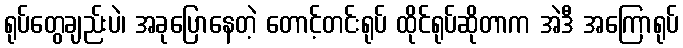
ရုပ်တွေချည်းပဲ၊ အခုပြောနေတဲ့ တောင့်တင်းရုပ် ထိုင်ရုပ်ဆိုတာက အဲဒီ အကြောရုပ်